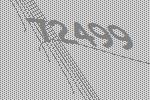
72499